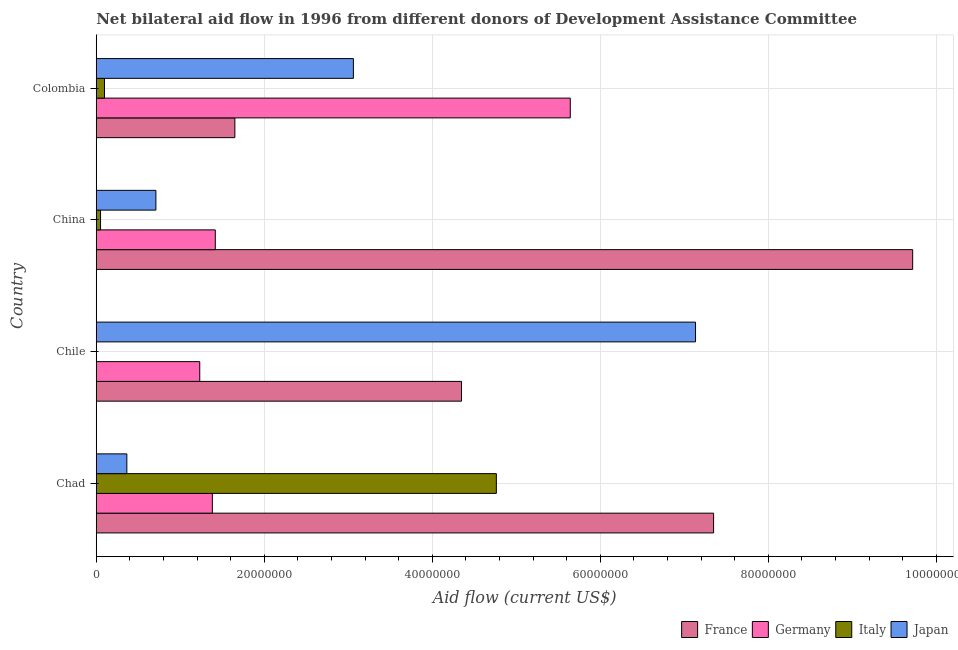
| Country | France | Germany | Italy | Japan |
 | --- | --- | --- | --- | --- |
 | Chad | 7.35e+07 | 1.38e+07 | 4.76e+07 | 3.64e+06 |
 | Chile | 4.35e+07 | 1.23e+07 | -3.1e+05 | 7.13e+07 |
 | China | 9.72e+07 | 1.42e+07 | 5.1e+05 | 7.1e+06 |
 | Colombia | 1.65e+07 | 5.64e+07 | 9.8e+05 | 3.06e+07 |